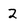
Character: 2